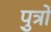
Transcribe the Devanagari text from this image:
पु़त्रों